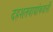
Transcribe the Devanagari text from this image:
दहशतवाद्यांकडली